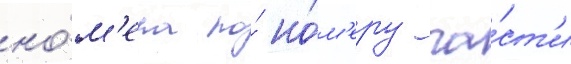
но́м'ера по́ но́м'еру ча́ст'и